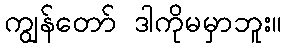
ကျွန်တော် ဒါကိုမမှာဘူး။